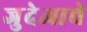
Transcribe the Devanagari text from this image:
जुदेआचे